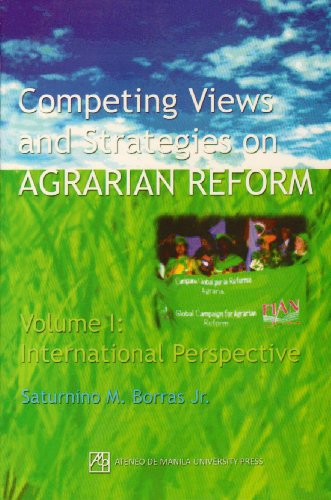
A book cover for Competing Views and Strategies on Agrarian Reform: International Perspective; Saturnino M. Borras Jr.; Business & Money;